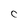
Character: C